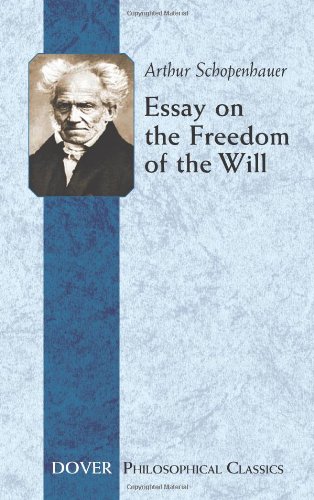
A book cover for Essay on the Freedom of the Will (Philosophical Classics) (Royal Norwegian Society of Sciences Winner); Arthur Schopenhauer; Politics & Social Sciences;